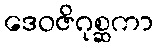
ဒေဝဇိဂုစ္ဆကာ